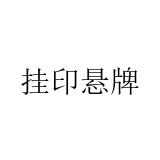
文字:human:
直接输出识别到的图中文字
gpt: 挂印悬牌